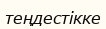
теңдестікке